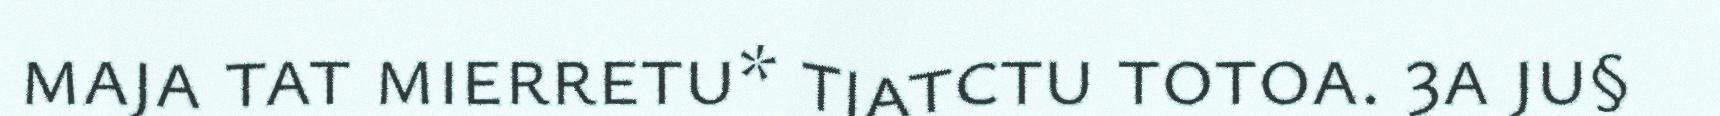
maja tat mierretu* tjatctu totoa. 3a ju§